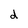
Character: d